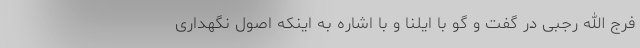
فرج الله رجبی در گفت و گو با ایلنا و با اشاره به اینکه اصول نگهداری